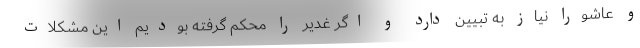
و عاشورا نیاز به تبیین دارد و اگر غدیر را محکم گرفته بودیم این مشکلات